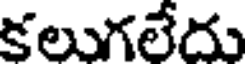
కలుగలేదు